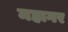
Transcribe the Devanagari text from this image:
महागर